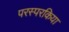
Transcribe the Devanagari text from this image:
परस्परकिया